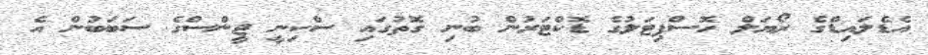
އެޑެލައިޑްގެ ރޯޔަލް ހޮސްޕިޓަލުގެ ޑޮކްޓަރުން ބުނި ގޮތުގައި ސްކިނީ ޖީންސްގެ ސަބަބުން އެ